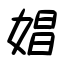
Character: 娼